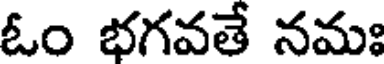
ఓం భగవతే నమః